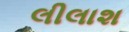
લીલાશ